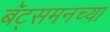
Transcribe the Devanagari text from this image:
बॅट्समनच्या